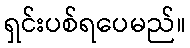
ရှင်းပစ်ရပေမည်။